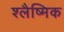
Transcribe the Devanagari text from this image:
श्‍लैष्‍मिक